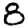
Digit: 8